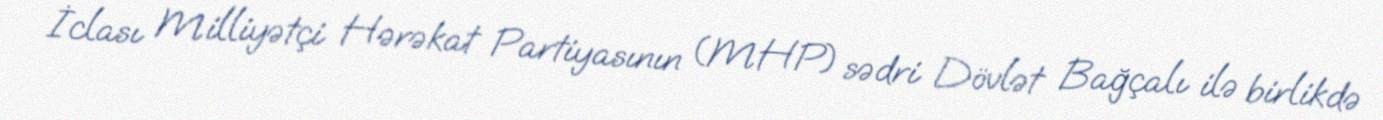
İclası Milliyətçi Hərəkat Partiyasının (MHP) sədri Dövlət Bağçalı ilə birlikdə